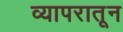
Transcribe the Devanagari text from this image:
व्यापरातून